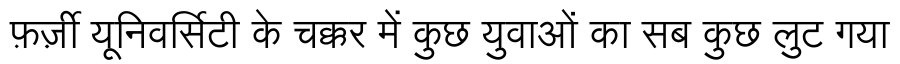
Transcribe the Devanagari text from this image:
फ़र्ज़ी यूनिवर्सिटी के चक्कर में कुछ युवाओं का सब कुछ लुट गया